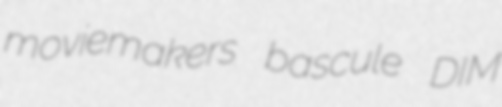
moviemakers bascule DIM